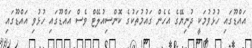
އައްޑޫގައި ހުޅުވުމަކީ ދުނިޔޭގެ އެހެން ގައުމުތަކުގެ ކޮންސިއުލޭޓް ވެސް އައްޑޫގައި ހުޅުވި އައްޑޫގައި